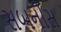
સબનીસ